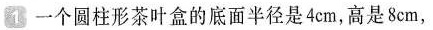
1 一个圆柱形茶叶盒的底面半径是4cm，高是8cm，